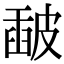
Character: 𥀈